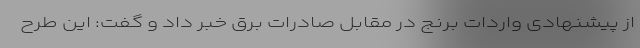
از پیشنهادی واردات برنج در مقابل صادرات برق خبر داد و گفت: این طرح